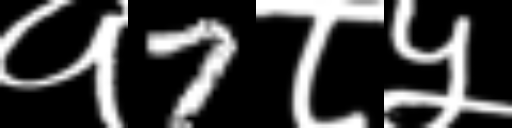
Text: १7८५